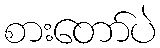
စားတော်ပဲ